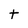
Character: t